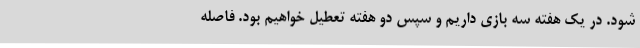
‌شود. در یک هفته سه بازی داریم و سپس دو هفته تعطیل خواهیم بود. فاصله